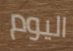
اليوم